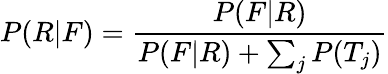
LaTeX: P(R|F)={\frac{P(F|R)}{P(F|R)+\sum_{j}{P(T_{j})}}}